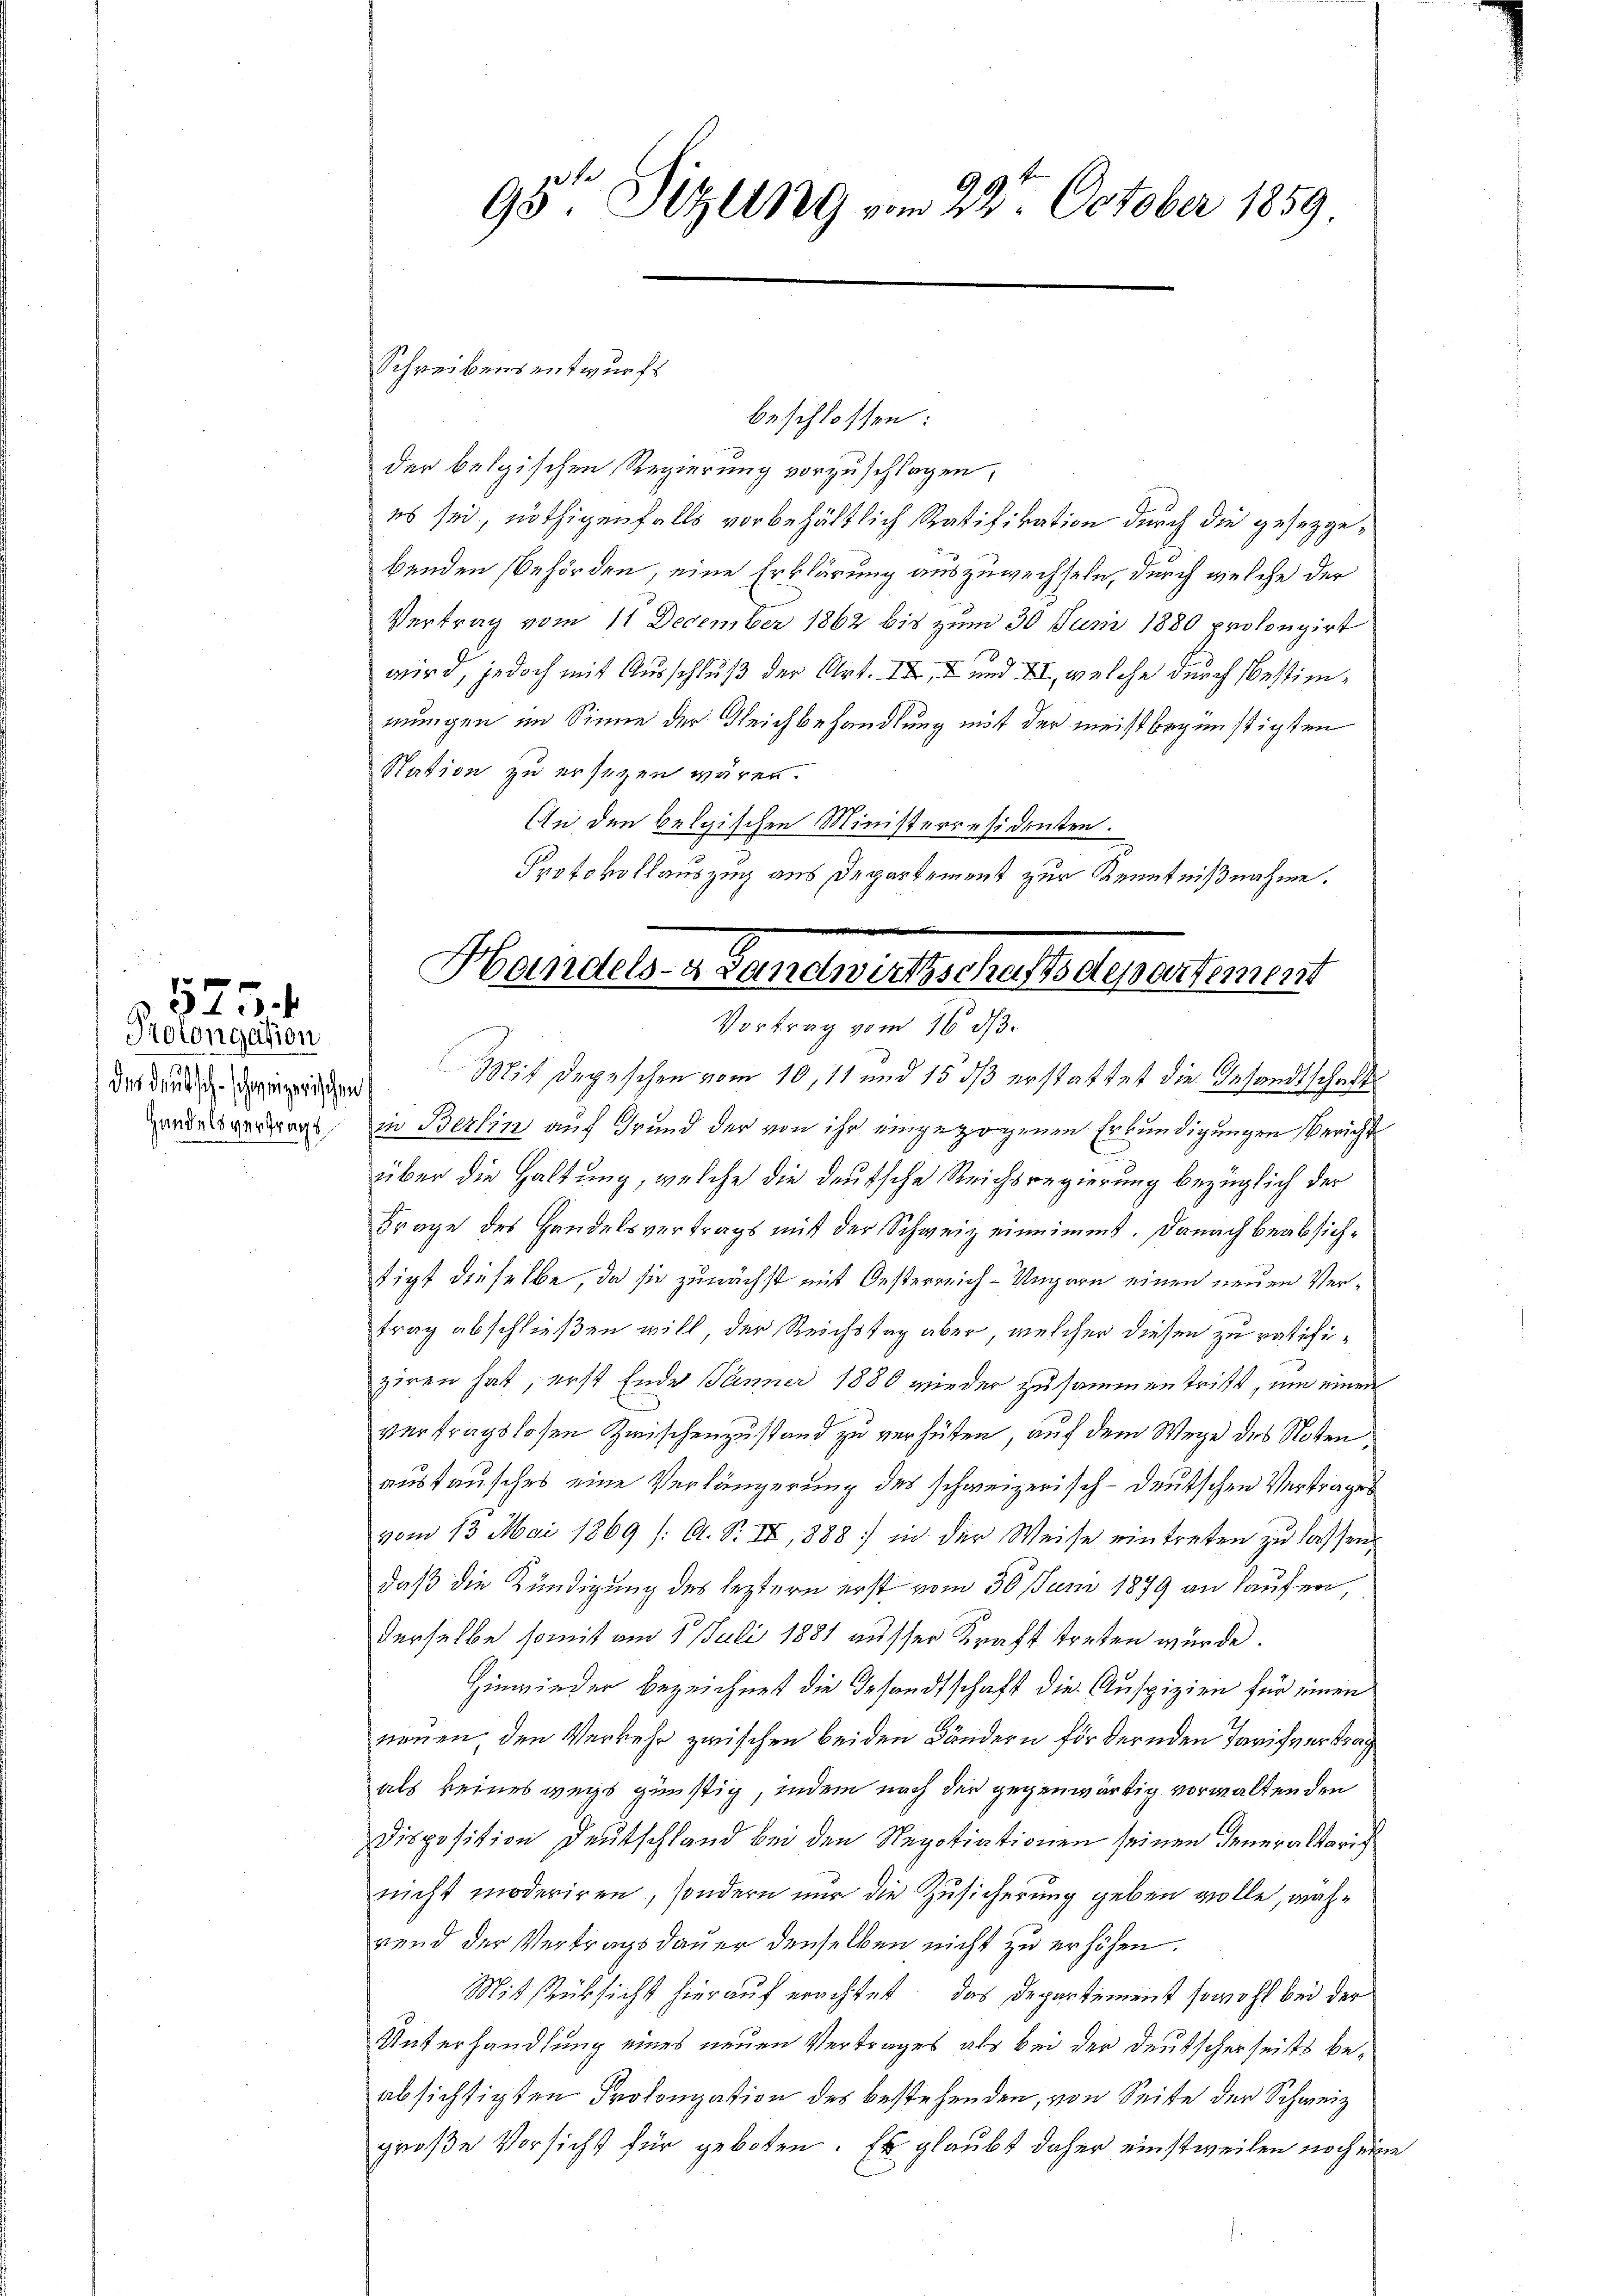
Handelsvertragt

5254
Kolongation

beschlossen:
der belgischen Regierung vorzuschlagen,
es sei, nöthigenfalls vorbehältlich Ratifikation durch die gesetzgebenden Behörden, eine Erklärung auszuwechseln, durch welche der
Vertrag vom 11 December 1862 bis zum 30 Juni 1880 prolongirt
wird, jedoch mit Ausschluß der Art. II, 2 und II., welche durch Bestimmungen im Sinne der Gleichbehandlung mit der meistbegünstigten
Station zu ersezen wären.
An den belgischen Ministerresidenten.
Protokollauszug aus Departement zur Kenntnißnahme.
e

95 Sizung vom 22. October 1859.

Schreibens entwurfs

Handels- Landwirthschaftsdepartement
Vortrag vom 16. ds.

der durch dringenden Mit Degesehen vom 10,11 und 15 d erstattet die Gesandtschafts
in Berlin auf Grund der von ihr eingezogenen Erkundigungen Bericht
über die Haltung, welche die deutsche Reichsregierung bezüglich der
Frage des Handelsvertrags mit der Schweiz einnimmt. Danach beabsichtigt dieselbe, da sie zunächst mit Oesterreich-Ungarn einen neuen Vertrag abschließen will, der Reichstag aber, welcher diesen zu ratifiziren hat, erst Ende Jänner 1880 wieder zusammen tritt, um einen
vertragslosen Zwischenzustand zu verhüten, auf dem Wege des Noten
austausches eine Verlängerung des schweizerisch-deutschen Vertrages
vom 13. Mai 1869 /: A. S. IX, 888 in der Weise eintreten zu lassen,
daß die Kündigung des leztern erst vom 30. Juni 1879 an Haufen,
derselbe somit am 1. Juli 1881 ausser Kraft streten würde.
Hinwieder bezeichnet die Gesandtschaft die Auspizien für einen
neuen, den Verkehr zwischen beiden Sondern fördernden Tarifvertrag
als keineswegs günstig, indem nach der gegenwärtig verwaltenden
Disposition Deutschland bei den Negotiationen seinen deneraltarig
nicht moderiren, sondern nur die Zusicherung geben wolle, während der Vertragsdauer denselben nicht zu erhöhen.
Mitsrüksicht hierauf erachtet, das Departement sowohl bei der
Unterhandlung eines neuen Vertrages als bei der Deutscherseits beabsichtigten Prolongation des bestehenden, von Seite der Schweiz
große Vorsicht für geboten. Er glaubt daher einstweilen noch eine